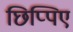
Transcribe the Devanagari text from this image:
छिप्पिए